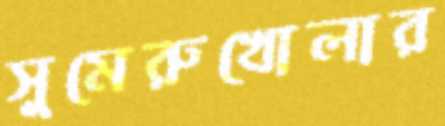
সুমেরুখোলার